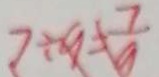
7 \div 9 = \frac { 7 } { 9 }